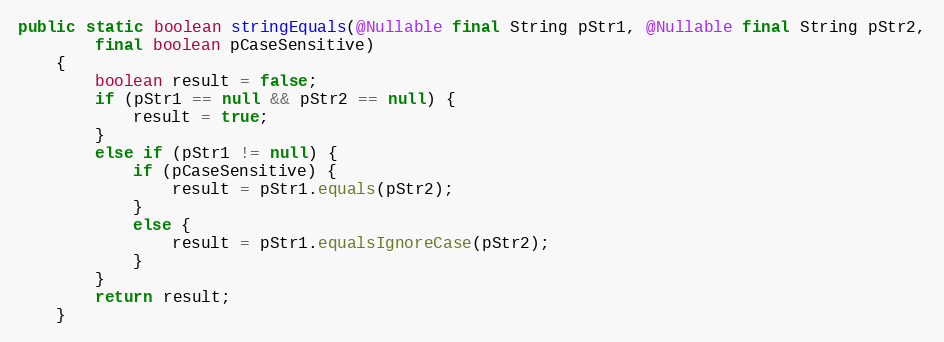
Language: Java
public static boolean stringEquals(@Nullable final String pStr1, @Nullable final String pStr2,
        final boolean pCaseSensitive)
    {
        boolean result = false;
        if (pStr1 == null && pStr2 == null) {
            result = true;
        }
        else if (pStr1 != null) {
            if (pCaseSensitive) {
                result = pStr1.equals(pStr2);
            }
            else {
                result = pStr1.equalsIgnoreCase(pStr2);
            }
        }
        return result;
    }